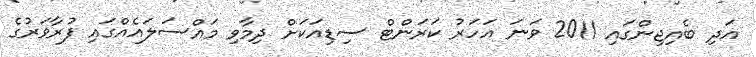
އަދި ބެއިޖިންގައި 2011 ވަނަ އަހަރު ކަރަންޓް ސިޑިއަކަށް ދިމާވި މައްސަލައެއްގައި ފުރާވަރުގެ